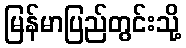
မြန်မာပြည်တွင်းသို့